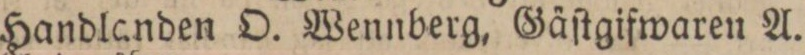
Handlanden O. Wennberg, Gäſtgifwaren A.